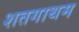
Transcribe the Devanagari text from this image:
शतगाथम